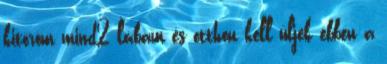
kitöröm mind2 lábam és otthon kell üljek ebben a